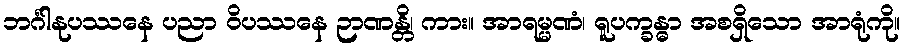
ဘင်္ဂါနုပဿနေ ပညာ ဝိပဿနေ ဉာဏန္တိ၊ ကား။ အာရမ္မဏံ၊ ရူပက္ခန္ဓာ အစရှိသော အာရုံကို။